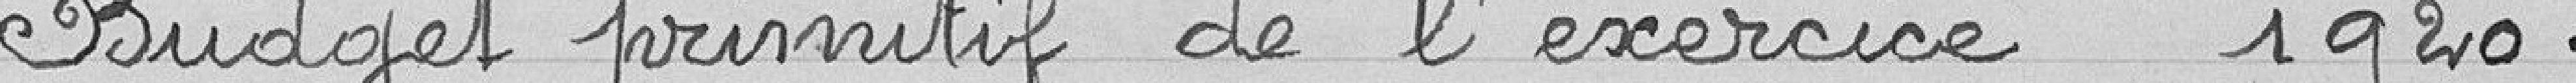
Budget primitif de l'exercice 1920